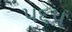
૫૬૫